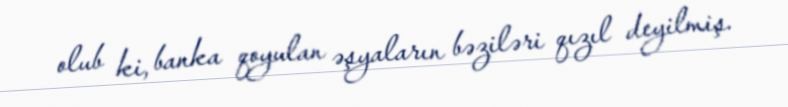
olub ki, banka qoyulan əşyaların bəziləri qızıl deyilmiş.